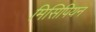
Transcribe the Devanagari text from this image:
मिसिपियन